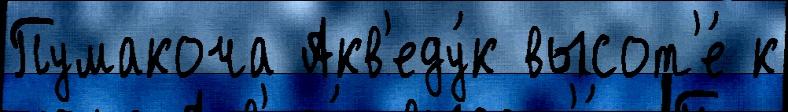
Пумакоча Акв'еду́к высот'е́ к